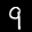
Label: 9